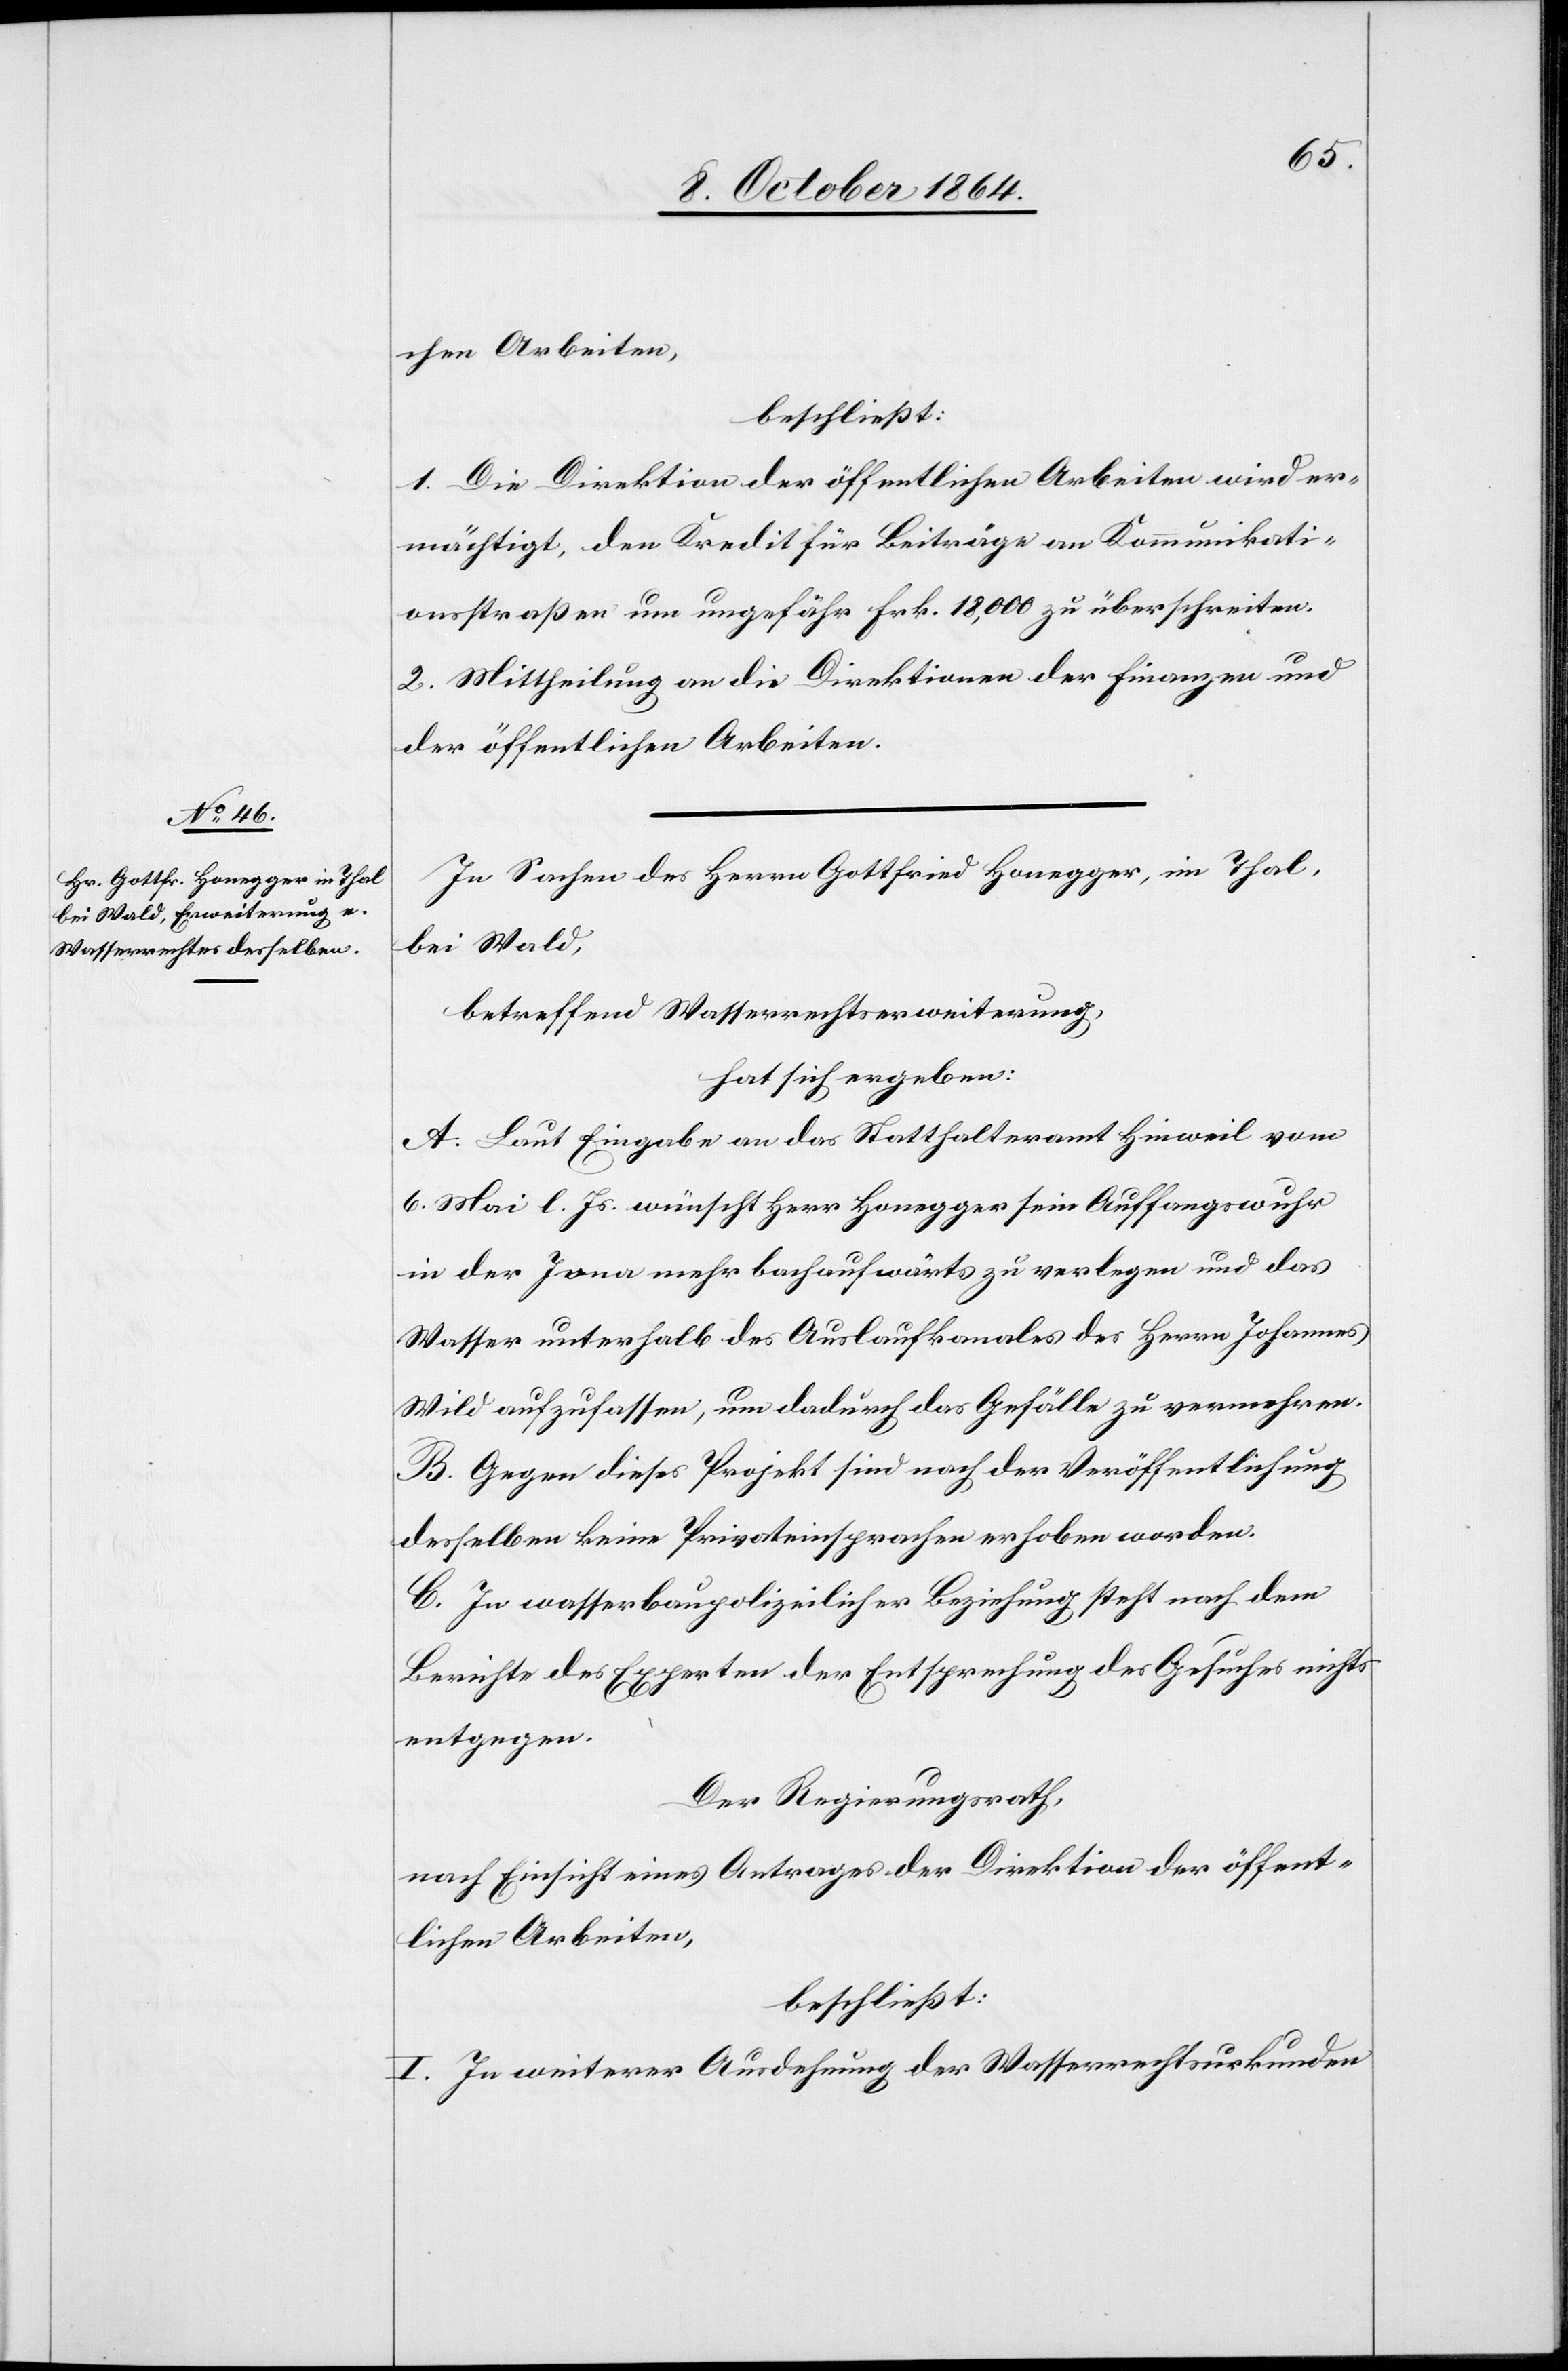
chen Arbeiten,
beschließt:
1. Die Direktion der öffentlichen Arbeiten wird er¬
mächtigt, den Kredit für Beiträge an Kommunikati¬
onsstraßen um ungefähr Frk. 18,000 zu überschreiten.
2. Mittheilung an die Direktionen der Finanzen und
der öffentlichen Arbeiten.
In Sachen des Herrn Gottfried Honegger, im Thal,
bei Wald,
betreffend Wasserrechtserweiterung,
hat sich ergeben:
A. Laut Eingabe an das Statthalteramt Hinweil vom
6. Mai l. Js. wünscht Herr Honegger sein Auffangswuhr
in der Jona mehr bachaufwärts zu verlegen und das
Wasser unterhalb des Auslaufkanales des Herrn Johannes
Wild aufzufassen, um dadurch das Gefälle zu vermehren.
B. Gegen dieses Projekt sind nach der Veröffentlichung
desselben keine Privateinsprachen erhoben worden.
C. In wasserbaupolizeilicher Beziehung steht nach dem
Berichte des Experten der Entsprechung des Gesuches nichts
entgegen.
Der Regierungsrath,
nach Einsicht eines Antrages der Direktion der öffent¬
lichen Arbeiten,
beschließt:
I. In weiterer Ausdehnung der Wasserrechtsurkunden